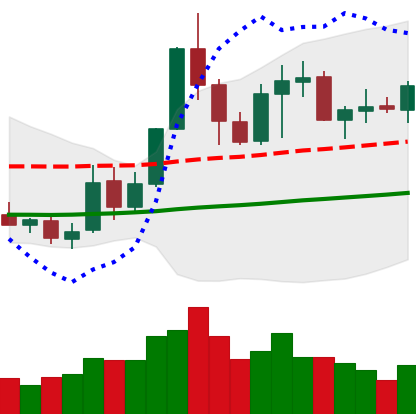
Ticker: NEO-USD
Chart end date: 2019-05-26
Forward return: 13.2%
Label: up_7plus